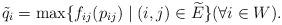
LaTeX: \begin{align*}\tilde q_i = \max \{f_{ij}(p_{ij})\mid (i,j)\in \widetilde E\} (\forall i \in W).\end{align*}